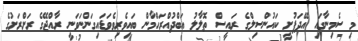
މި ސެމިނާގައި އޭދަފުށީ ކައުންސިލްގެ ރައީސް ތޮލާލު އަބްދުއްރަހްމާން ބައިވެރިވެވަޑައިގަންނަވަނީ ރާއްޖޭގެ ރަށްރަށުގެ